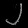
Digit: ၂